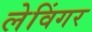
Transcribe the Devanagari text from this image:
लेविंगर